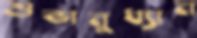
শুভানুধ্যান